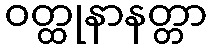
ဝတ္ထုနာနတ္တာ